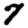
Digit: 7